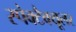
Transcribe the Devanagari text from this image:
स्पेक्टैक्यूलर